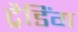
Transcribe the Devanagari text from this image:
ट्रैडिंग